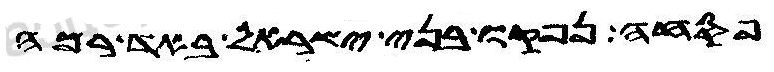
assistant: פסחה נפקו בני ישראל באד רמה